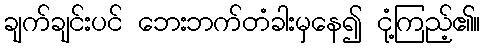
ချက်ချင်းပင် ဘေးဘက်တံခါးမှနေ၍ ငုံ့ကြည့်၏။